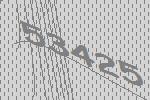
53425